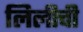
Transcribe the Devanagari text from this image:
लिलीची